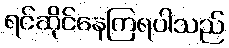
ရင်ဆိုင်နေကြရပါသည်